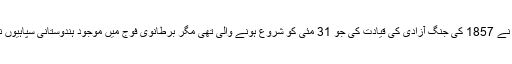
آخری مغل شہنشاہ بہادر شاہ ظفر نے 1857 کی جنگ آزادی کی قیادت کی جو 31 مئی کو شروع ہونے والی تھی مگر برطانوی فوج میں موجود ہندوستانی سپاہیوں نے 10 مئی کو ہی بغاوت کردی۔